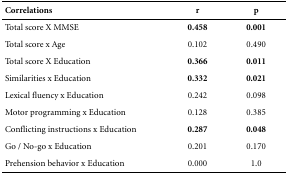
| Correlations | r | p |
 | --- | --- | --- |
 | Total score X MMSE | 0.458 | 0.001 |
 | Total score x Age | 0.102 | 0.490 |
 | Total score X Education | 0.366 | 0.011 |
 | Similarities x Education | 0.332 | 0.021 |
 | Lexical fluency x Education | 0.242 | 0.098 |
 | Motor programming x Education | 0.128 | 0.385 |
 | Conflicting instructions x Education | 0.287 | 0.048 |
 | Go / No-go x Education | 0.201 | 0.170 |
 | Prehension behavior x Education | 0.000 | 1.0 |